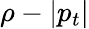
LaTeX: \rho-|p_{t}|